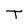
Character: T